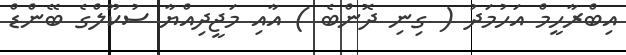
އިބްރާހީމް އަހުމަދު ( ގިނި ދޮންބެ ) އާއި މަޖީދިއްޔާ ސުކޫލްގެ ބޭންޑް